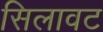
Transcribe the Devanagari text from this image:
सिलावट